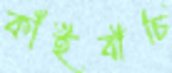
কাঁইবীচি